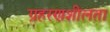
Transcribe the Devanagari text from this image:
ग्रहरणशीलता